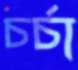
চর্চা